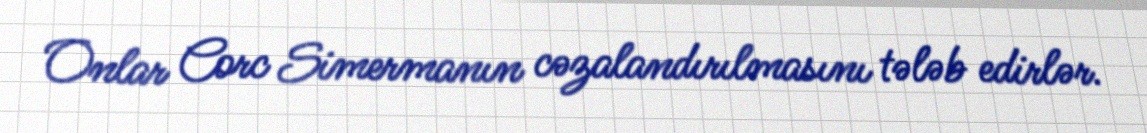
Onlar Corc Simermanın cəzalandırılmasını tələb edirlər.